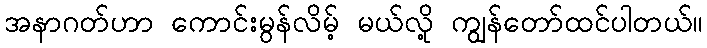
အနာဂတ်ဟာ ကောင်းမွန်လိမ့် မယ်လို့ ကျွန်တော်ထင်ပါတယ်။